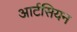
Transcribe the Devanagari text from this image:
आर्टसियन